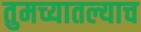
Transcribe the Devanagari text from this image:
तुमच्यातल्याच